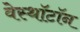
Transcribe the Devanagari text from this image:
वेस्थॉटॉन